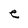
Character: e